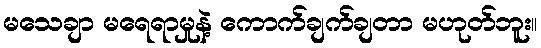
မသေချာ မရေရာမှုနဲ့ ကောက်ချက်ချတာ မဟုတ်ဘူး။